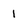
Character: 1